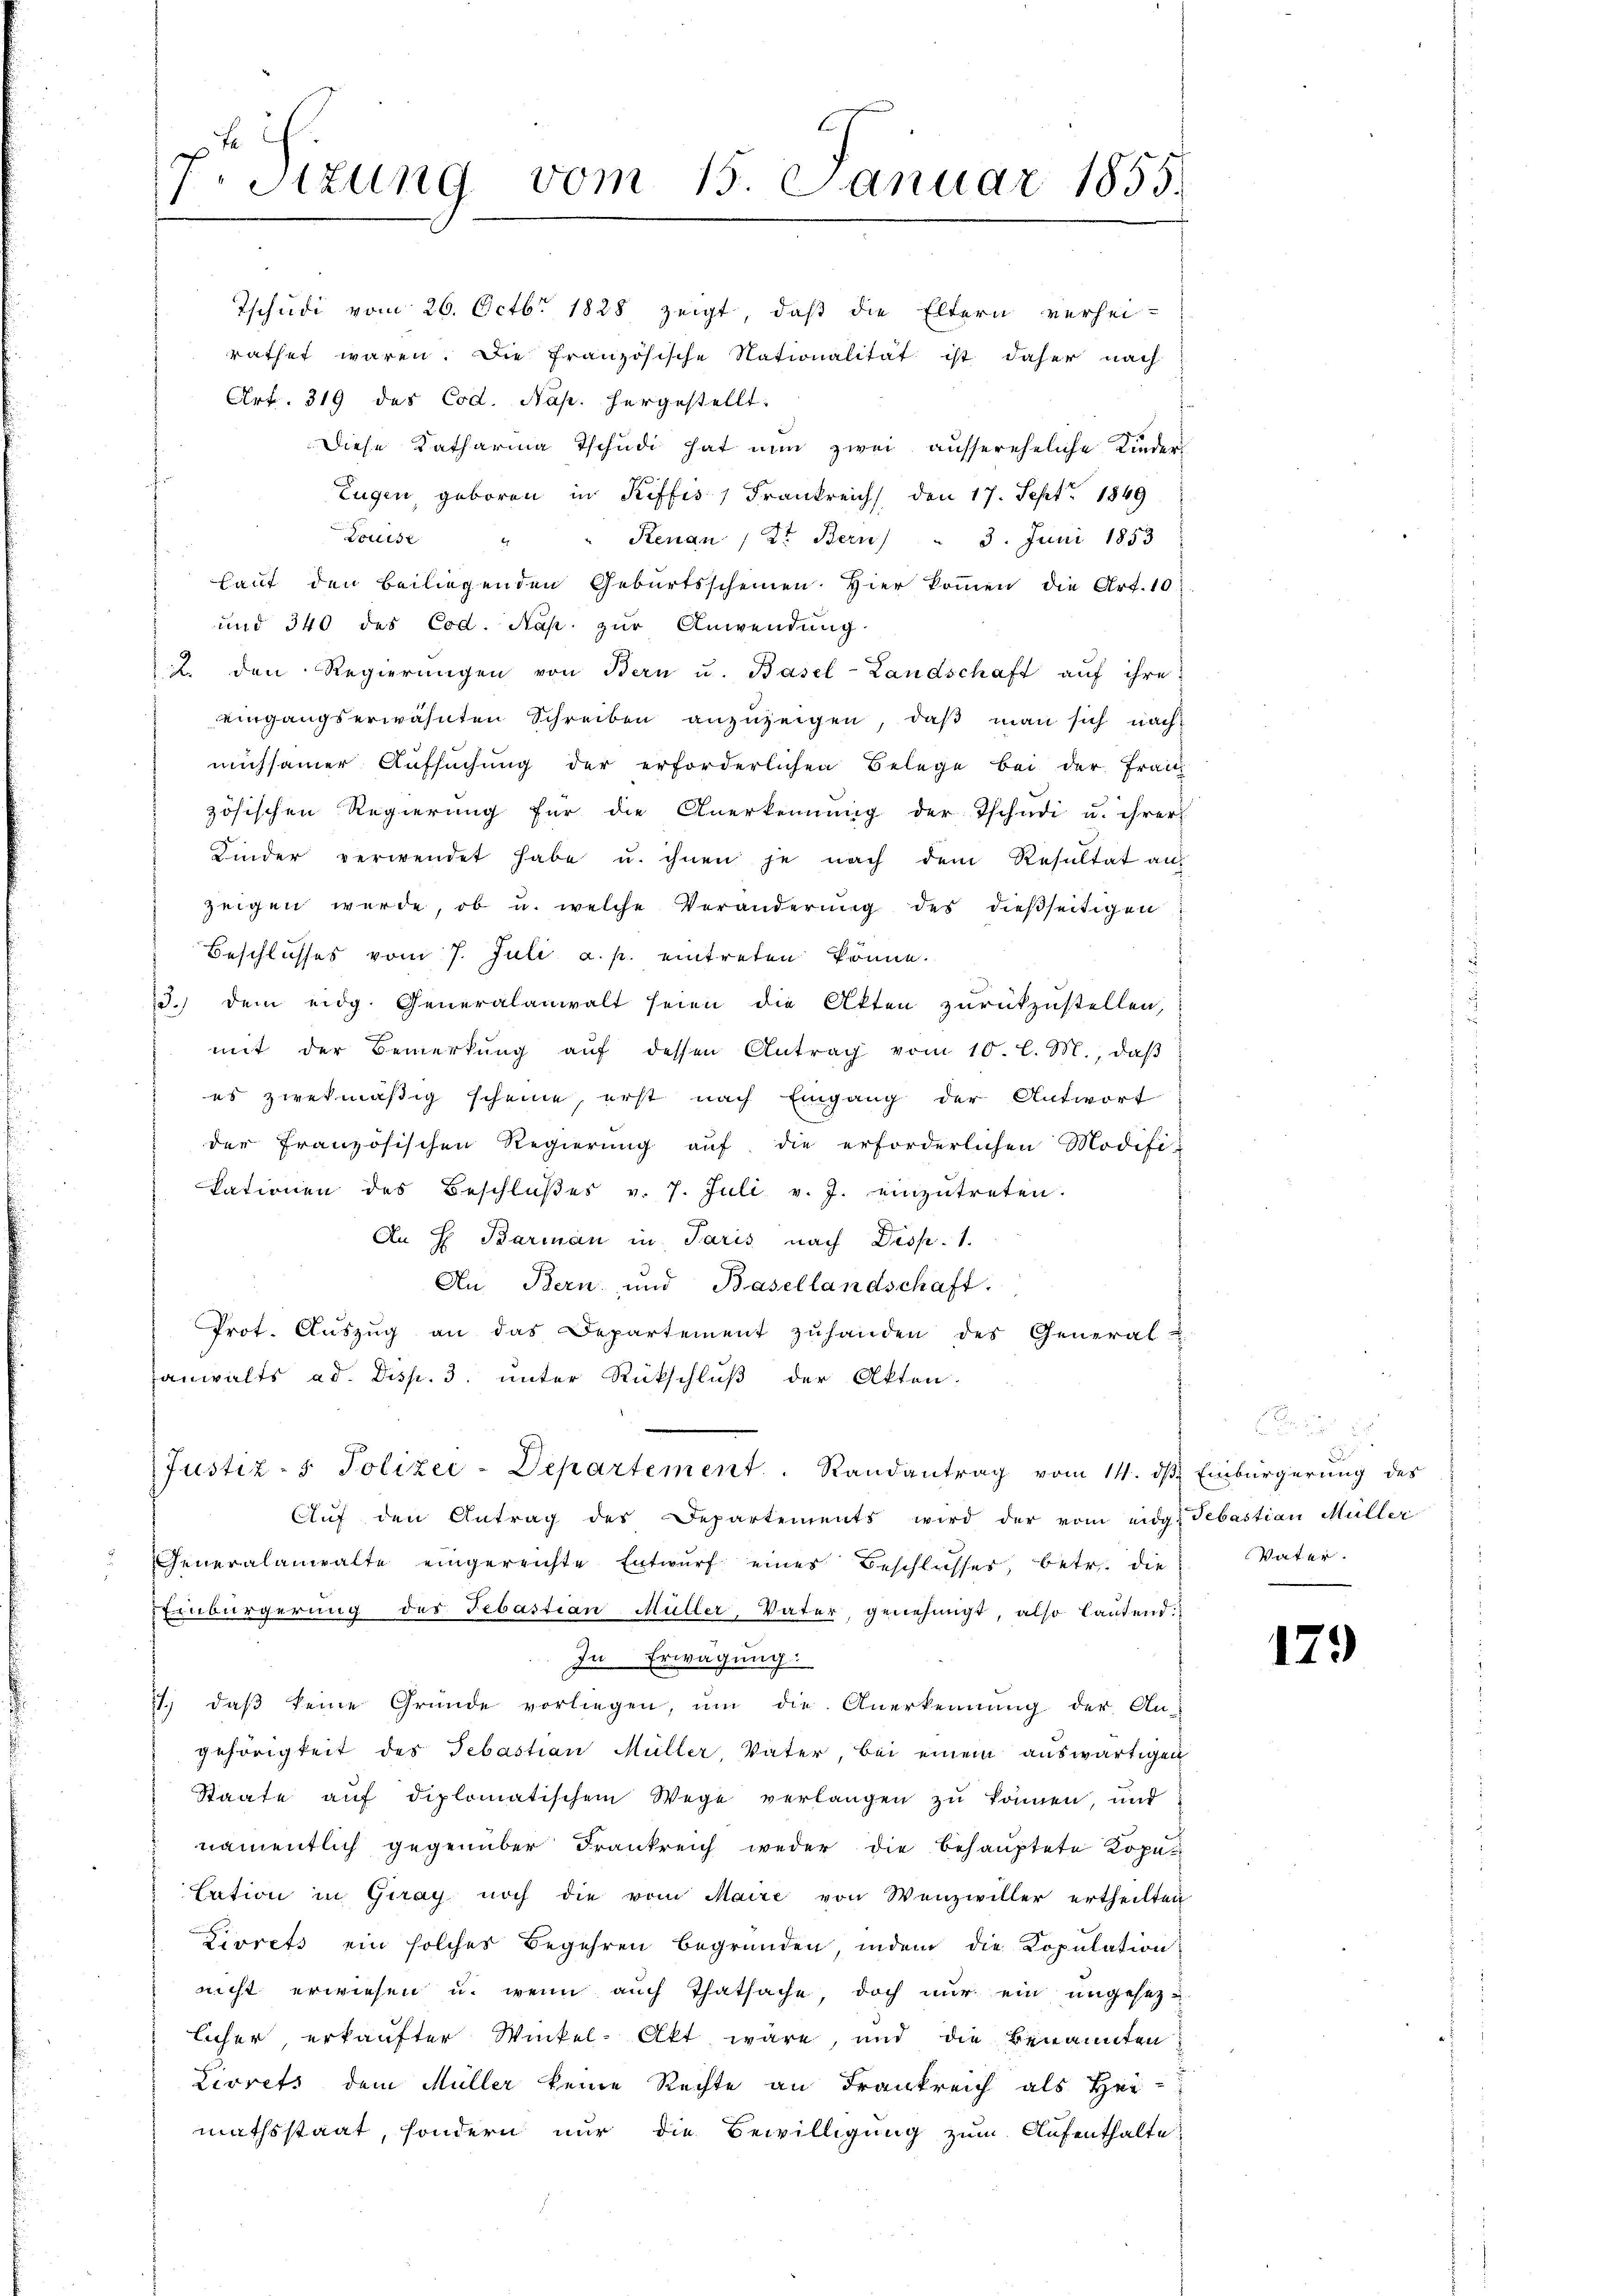
Sizung vom 15. Januar 1855.

Tschudi vom 26. Octbr. 1828 zeigt, daß die Eltern verhei-
rathet waren. Die französische Nationalität ist daher nach
Art. 319 des Cod. Nap. hergestellt:
Diese Katharina Tschudi hat nun zwei aussereheliche Kinder
Eugen, geboren in Riffes, Frankreich den 17. Sept. 1849
Renau / Dr. Bern) " 3. Juni 1853
Louise
laut den beiliegenden Geburtsscheinen. Hier kommen die Art. 10.
und 340 des Cod. Nap. zur Anwendung.
2. den Regierungen von Bern u. Basel-Landschaft auf ihre
eingangserwähnten Schreiben anzuzeigen, daß man sich nach
michsamer Aufsuchung der erforderlichen Belege bei der Frau
zösischen Regierung für die Anerkennung der Tschudi u. ihrer
Kinder verwendet habe u. ihnen je nach dem Resultat auf
zeigen werde, ob u. welche Veränderung des dießseitigen
Beschlusses vom 7. Juli a. p. eintreten könne.
3. dem eidg. Generalanwalt seien die Akten zŭrückzustellen,
mit der Bemerkŭng aŭf dessen Antrag vom 10. l. M., daβ
es zwekmäßig scheine, erst nach Eingang der Antwort
der französischen Regierung auf die erforderlichen Modifi-
kationen des Beschlŭβes v. 7. Juli v. J. einzŭtreten.
An H. Barman in Paris nach Disp. 1.
An Bern und Basellandschaft.
Prot. Aŭszŭg an das Departement zŭhanden des General u
anwalts ad. Disp. 3. unter Rückschlŭβ der Akten.
Justiz- & Polizei-Departement. Randantrag vom 14. ds Einbürgerung des
Aŭf den Antrag des Departements wird der vom eidg. Sebastian Müller
Generalanwalte eingereichte Entwurf eines Beschlusses, betr. die
Einbürgerung des Sebastian Müller, Vater, genehmigt, also lautend.
In Erwägung:
2., daß keine Gründe vorliegen, ŭm die Anerkennung der An-
gehörigkeit des Sebastian Müller, Vater, bei einem auswärtigen
Staate aŭf diplomatischem Wege verlangen zŭ können, und
namentlich gegenüber Frankreich weder die behauptete Kopa
lation in Giray noch die vom Maire von Wenzwiller ertheilten
Zirrets ein solches Begehren begründen, indem die Kopulation
nicht erwiesen u. wenn auch Thatsache, doch nur ein angesetzlicher erkaufter Winkel-Akt wäre, und die benannten
Livrets dem Müller keine Rechte an Frankreich als Hei-
mathsstaat, sondern nur die Bewilligung zum Aufenthalte

e
Vater.

179